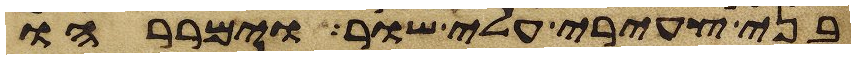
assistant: בני צעירי עלי שור וימררהו